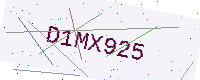
Text: D1MX925